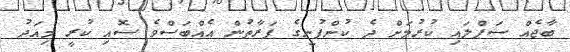
ބާޖެއް ސަޕްލައި ކުރުމަށް ދެ ކުންފުނީގެ ފަރާތުން އެއްބަސްވެ ސޮއި ކުރީ މިއަދު